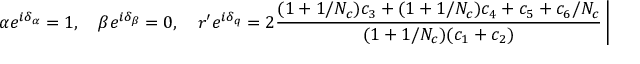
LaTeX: \alpha e ^ { i \delta _ { \alpha } } = 1 , \quad \beta e ^ { i \delta _ { \beta } } = 0 , \quad r ^ { \prime } e ^ { i \delta _ { q } } = 2 \frac { ( 1 + 1 / N _ { c } ) c _ { 3 } + ( 1 + 1 / N _ { c } ) c _ { 4 } + c _ { 5 } + c _ { 6 } / N _ { c } } { ( 1 + 1 / N _ { c } ) ( c _ { 1 } + c _ { 2 } ) } \left| \frac { V _ { t b } V _ { t d } ^ { * } } { V _ { u b } V _ { u d } ^ { * } } \right| .